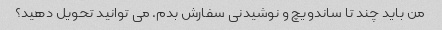
من باید چند تا ساندویچ و نوشیدنی سفارش بدم. می توانید تحویل دهید؟